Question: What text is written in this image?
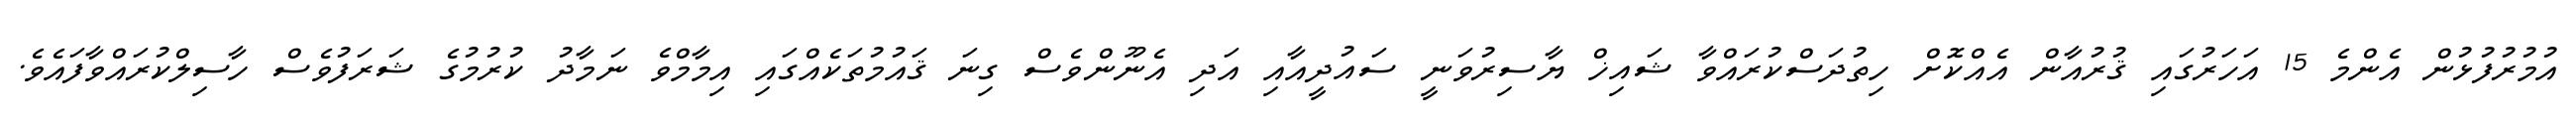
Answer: އުމުރުފުޅުން އެންމެ 15 އަހަރުގައި ޤުރުއާން އެއްކޮށް ހިތުދަސްކުރައްވާ ޝައިޚް ޔާސިރުވަނީ ސައުދީއާއި އަދި އެނޫންވެސް ގިނަ ޤައުމުތަކެއްގައި އިމާމްވެ ނަމާދު ކުރުމުގެ ޝަރަފުވެސް ހާސިލްކުރައްވާފައެވެ.